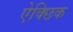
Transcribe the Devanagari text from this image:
ऐक्छिक